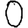
Digit: 0